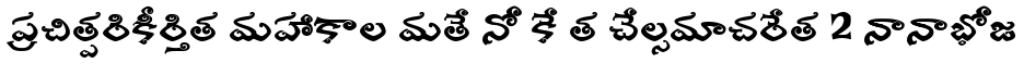
ప్రచిత్పరికీర్తిత మహాకాల మతే నో కే త చేల్సమాచరేత 2 నానాభోజ